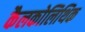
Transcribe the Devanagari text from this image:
कैलकोलिथिक